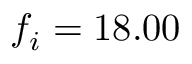
f _ { i } = 1 8 . 0 0